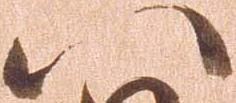
八